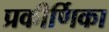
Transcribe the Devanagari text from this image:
प्रकीर्णिका